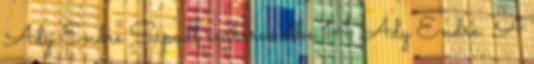
Ady Endre Sápadt emberek elbe 14 Ady Endre: A